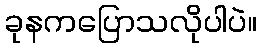
ခုနကပြောသလိုပါပဲ။